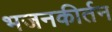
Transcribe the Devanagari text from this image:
भजनकीर्तन